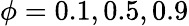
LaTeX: \phi=0.1,0.5,0.9